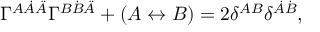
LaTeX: \Gamma ^ { A \dot { A } \ddot { A } } \Gamma ^ { B \dot { B } \ddot { A } } + ( A \leftrightarrow B ) = 2 \delta ^ { A B } \delta ^ { \dot { A } \dot { B } } ,